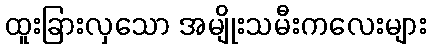
ထူးခြားလှသော အမျိုးသမီးကလေးများ